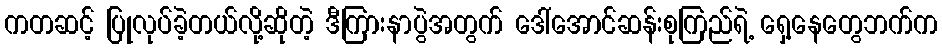
ကတဆင့် ပြုလုပ်ခဲ့တယ်လို့ဆိုတဲ့ ဒီကြားနာပွဲအတွက် ဒေါ်အောင်ဆန်းစုကြည်ရဲ့ ရှေ့နေတွေဘက်က